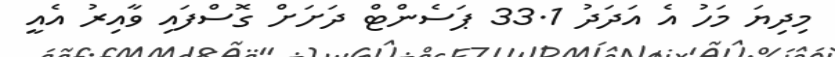
މިދިޔަ މަހު އެ އަދަދު 33.1 ޕަސެންޓް ދަށަށް ގޮސްފައި ވާއިރު އެއީ